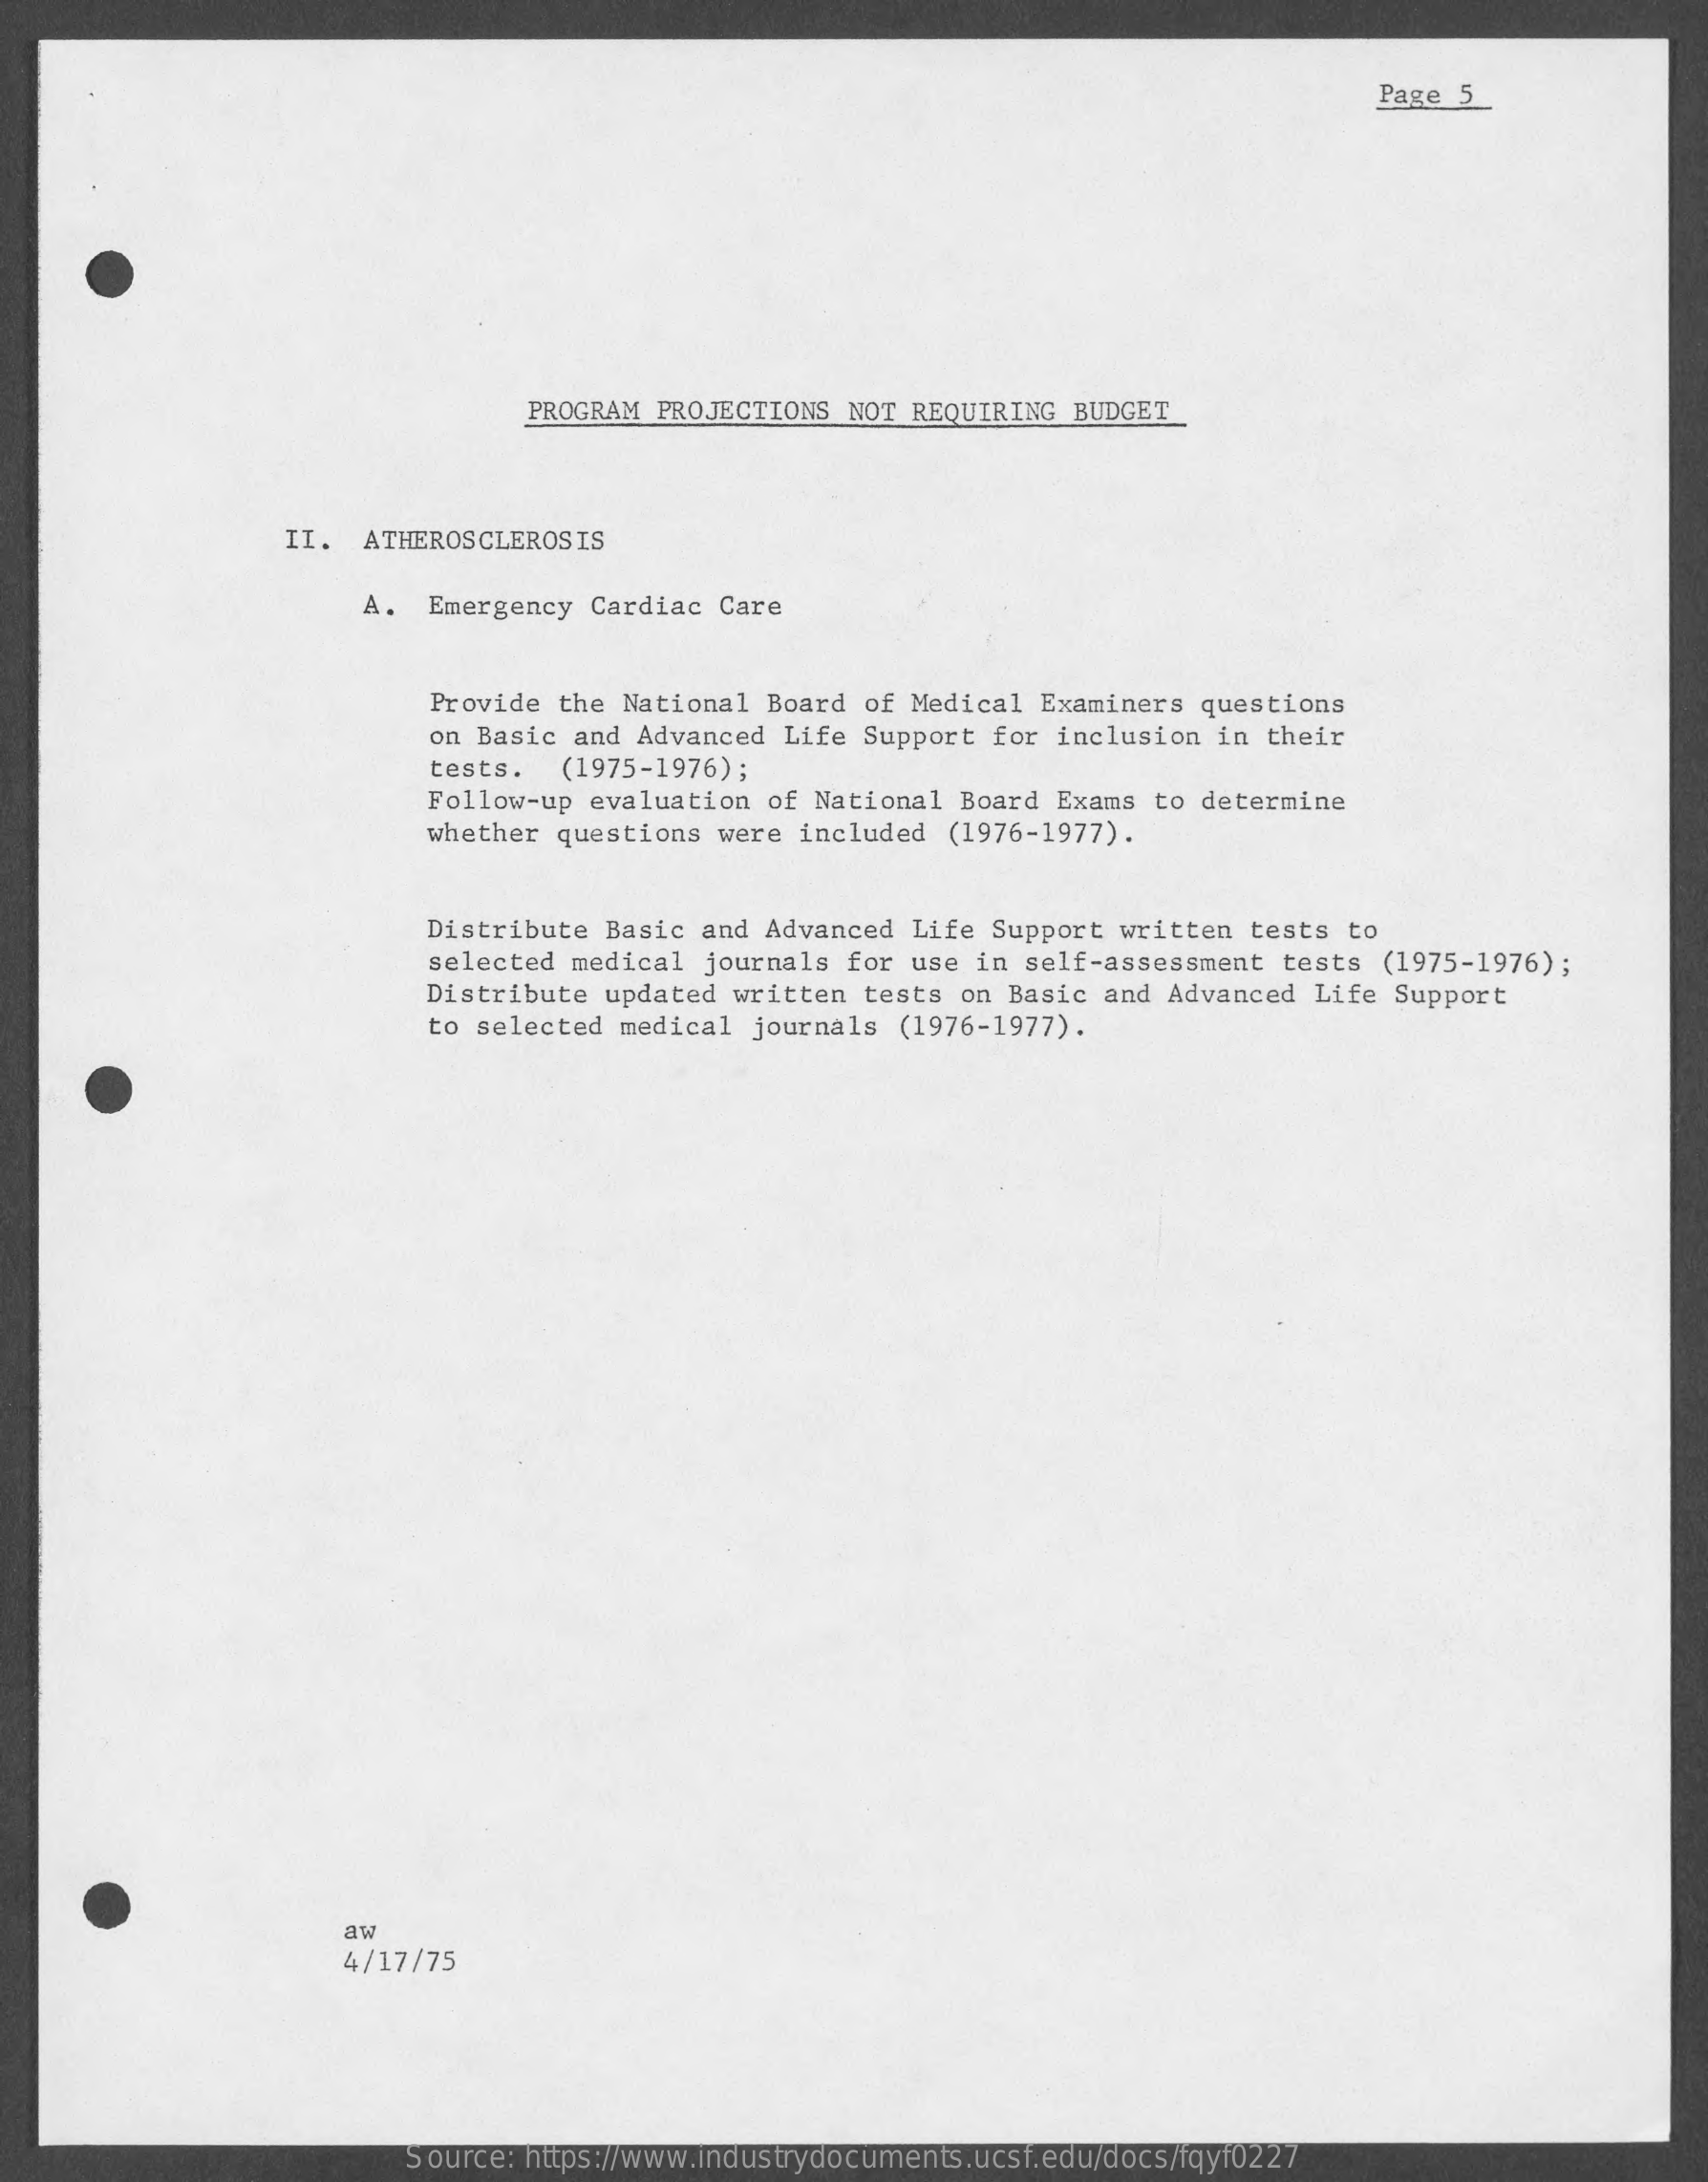
Page 5
     PROGRAM PROJECTIONS NOT REQUIRING BUDGET
     II. ATHEROSCLEROSIS
     A.  Emergency Cardiac Care
     Provide the National Board of Medical Examiners questions
     on Basic and Advanced Life Support for inclusion in their
     tests. (1975-1976) ;
     Follow-up evaluation of National Board Exams to determine
     whether questions were included (1976-1977) .
     Distribute Basic and Advanced Life Support written tests to
     selected medical journals for use in self-assessment tests (1975-1976) ;
     Distribute updated written tests on Basic and Advanced Life Support
     to selected medical journals (1976-1977) .
     aw
     4/17/75
     Source: https://www.industrydocuments.ucsf.edu/docs/fqyf0227